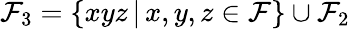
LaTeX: \mathcal{F}_{3}=\{ xyz\, \vert\, x,y,z\in\mathcal{F}\} \cup\mathcal{F}_{2}